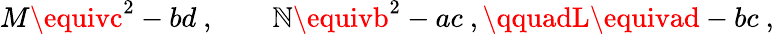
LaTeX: M\equivc^{2}-bd\ ,\qquad\mathbb{N}\equivb^{2}-ac\ ,\qquadL\equivad-bc\ ,